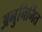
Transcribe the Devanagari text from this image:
अनुनिर्मित